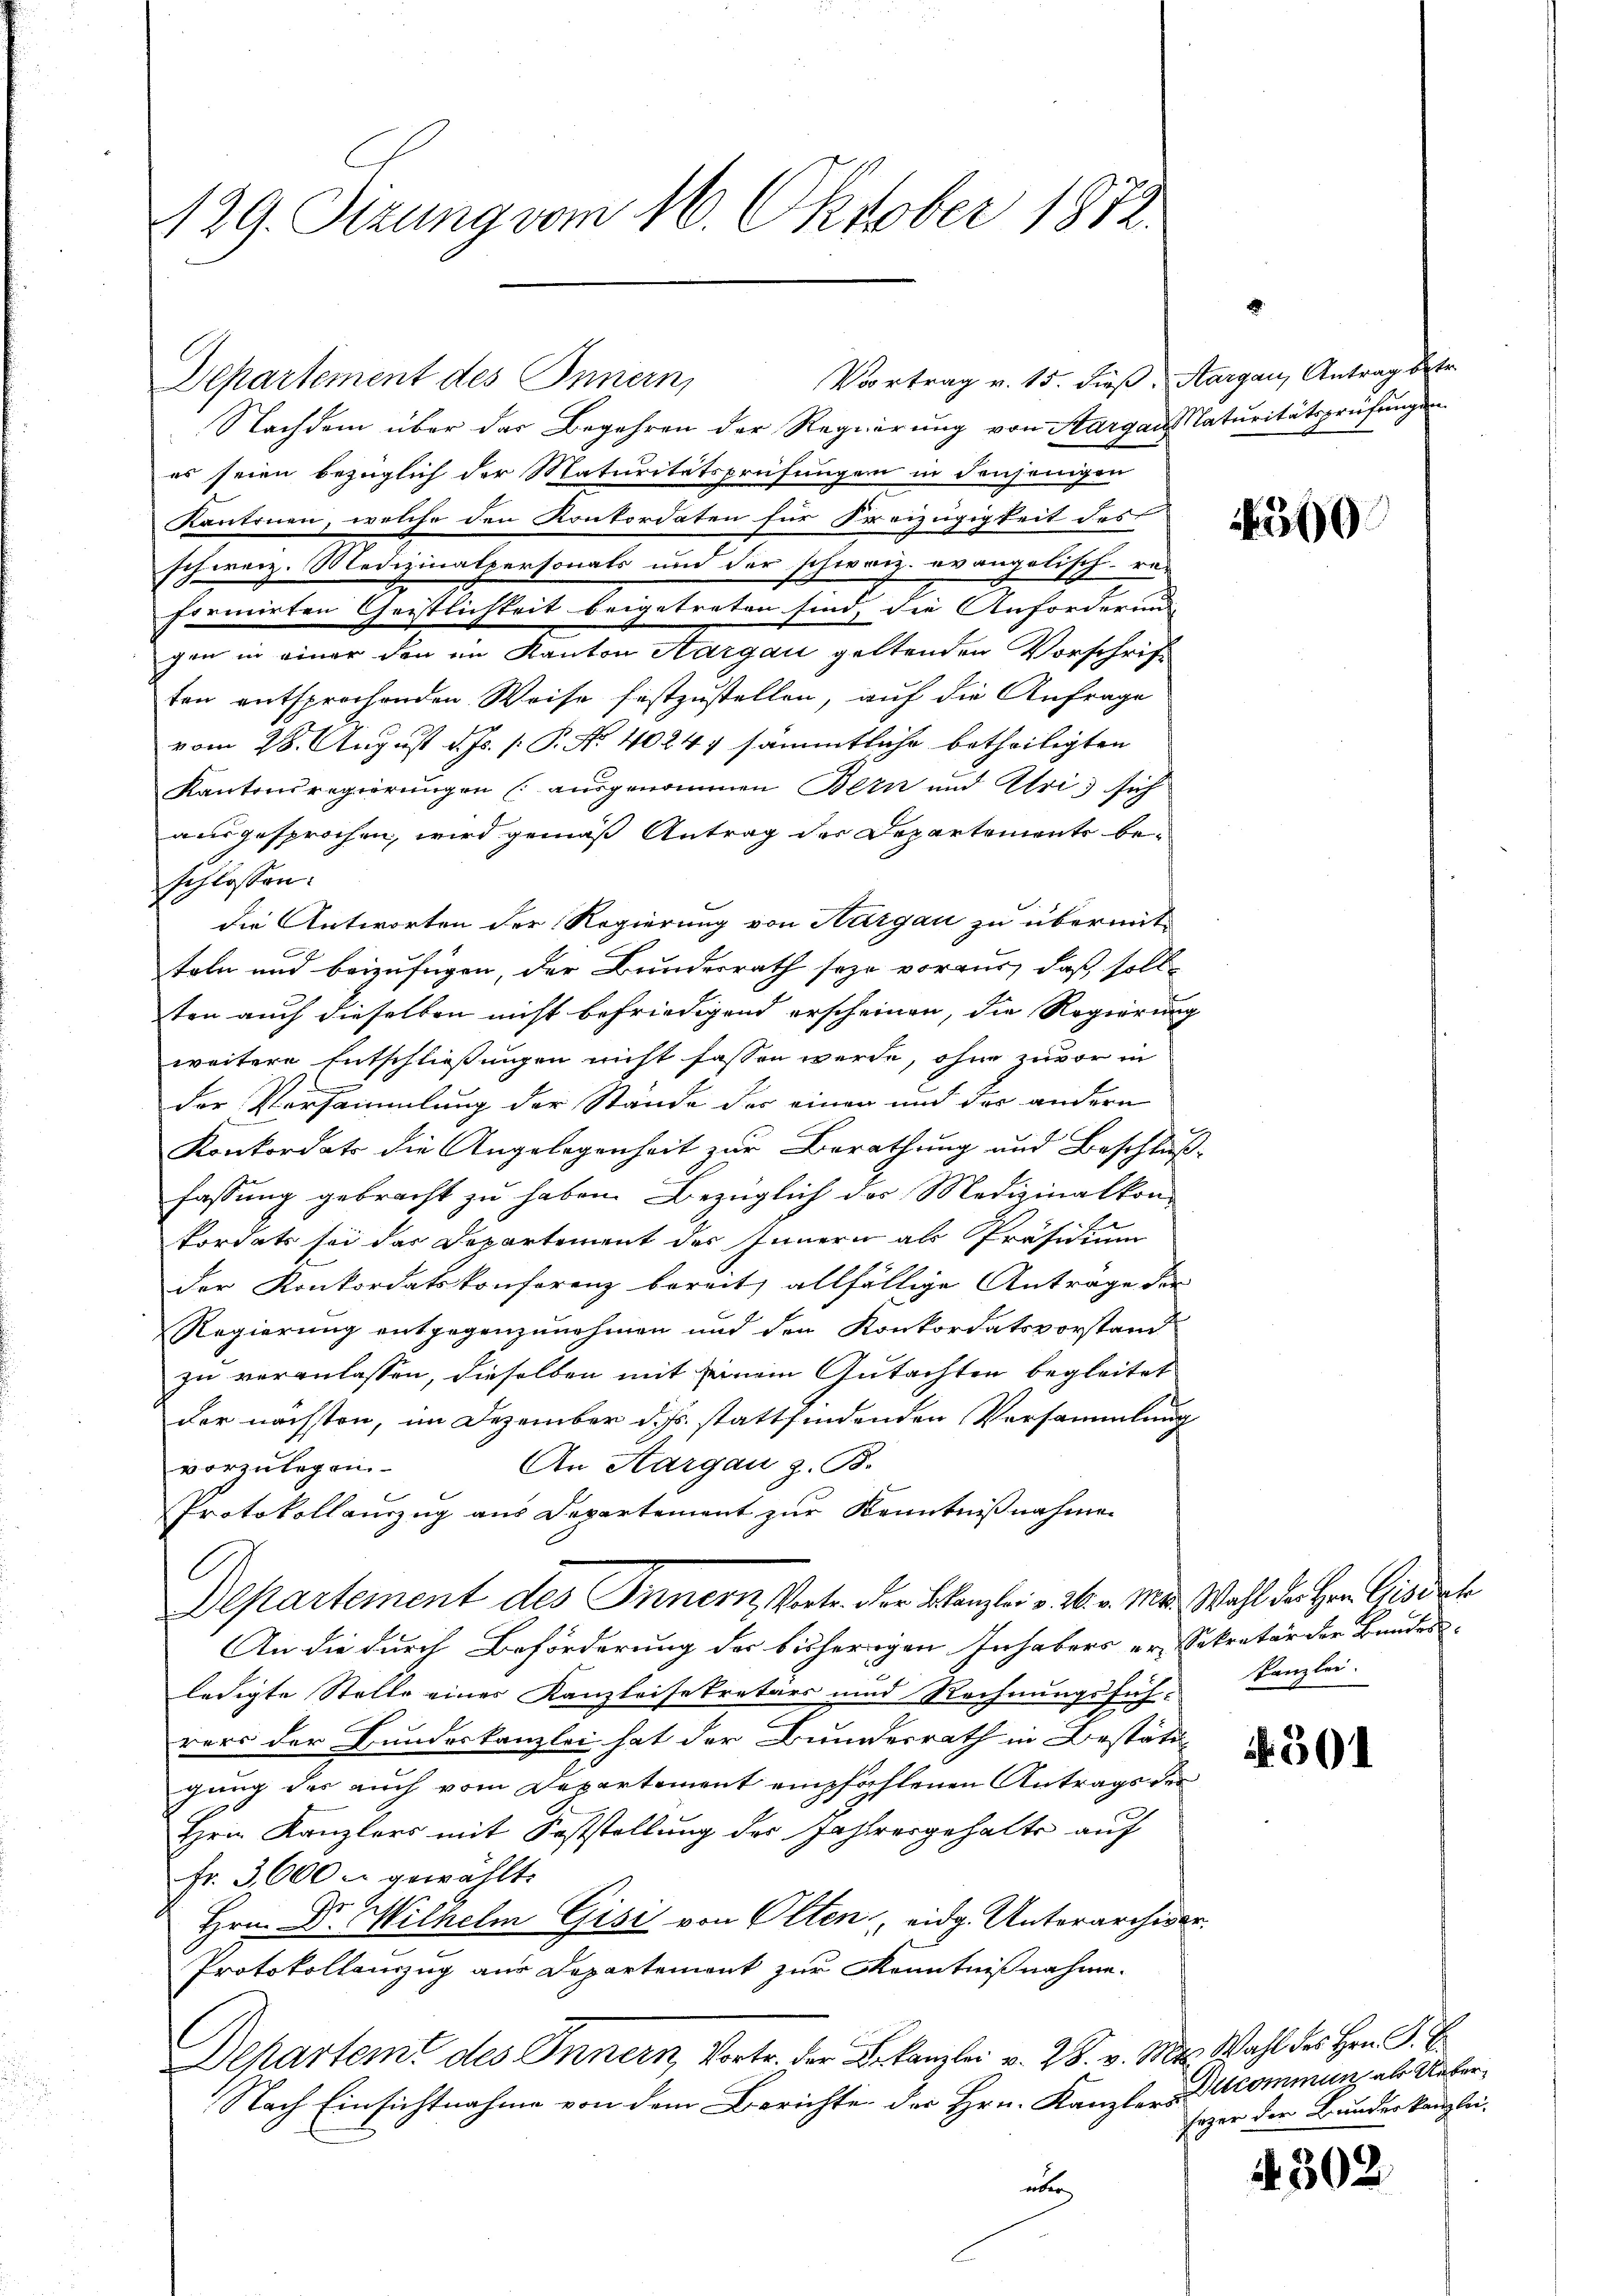
129. Sizung vom 16. Oktober 1872.

Vortrag v. 15. dieß, Aargau, Antrag betr.
Departement des Innern,

Nachdem über das Begehren der Regierung von Aargau naturitätsprüfungen
es seien bezüglich der Maturitätsprüfungen in denjenigen
Kantonen, welche den Konkordaten für Freizügigkeit des
schweiz. Medizinalpersonals und der schweiz. evangelisch-re-
formirten Geistlichkeit beigetreten sind, die Anforderun
gen in einer den im Kanton Aargau geltenden Vorschrift
ten entsprochenden Weise festzustellen, auf die Anfrage
vom 28. August d. Js. [ P. No. 40247 sämmtliche betheiligten
Kantonsregierungen (ausgenommen Bern und Uri, sich
ausgesprochen, wird gemäß Antrag der Departemente beschlossen:
die Antworten der Regierung von Hargau zu übermit-
teln und beizufügen, der Bundesrath seye voraus, daß soll
ten auch dieselben nicht befriedigend erscheinen, die Regierung
weitere Entschließungen nicht fassen werde, ohne zuvor in
der Versammlung der Stände der einen und der andern
Konkordats die Angelegenheit zur Berathung und Beschlußfassung gebracht zu haben. Bezüglich der Medizinalkon-
fordats sei das Departement des Innern als Präsidium
der Konkordatskonferenz bereit, allfällige Antrage der
Regierung entgegenzunehmen und den Konkordatsvorstand
zu veranlassen, dieselben mit seinem Gutachten begleitet
der nächsten, im Dezember d. Js. stattfindenden Versammlung
An Aargau z. B.
vorzulegen.
Protokollauszug aus Departement zur Kenntnißnahmen
A
Departement des Innern, Vertr. der Kanzlei v. 26. v. Mts. Wahl der Herr Gisische
An die durch Beförderung der bisherigen Inhabers er-Sekretär der Bundes-
ledigte Stelle eines Kanzleisekretärs und Rechnungsfüh-
rers der Bundeskanzlei hat der Bundesrath in Bestäti-
gung des auch vom Departement empfählenen Antrags der
Hrn. Kanzlers mit Feststellung des Jahrergehalte auf
Fr. 3,600 u. gewählt.
Hrn. Dr. Wilhelm Gisi von Olten, eidg. Unterarchivar
Protokollenzug aus Departemont zur Kenntnißnahme.
Departeme des Innern, Vortr. der Bekanzlei v. 28. v. Mts. Wahl des Hrn. P. E.
Nach Einsichtnahme von dem Berichte des Hrn. Kanzlers commun, als Ueberüber

500

Kanzlei.

501

sezer der Bundeskanzlei-

§ 302.